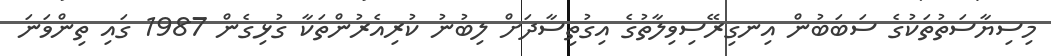
މިސިޔާސަތުތަކުގެ ސަބަބުން އިނގިރޭސިވިލާތުގެ އިގުތިސާދަށް ލިބުނު ކުރިއެރުންތަކާ ގުޅިގެން 1987 ގައި ތިންވަނަ